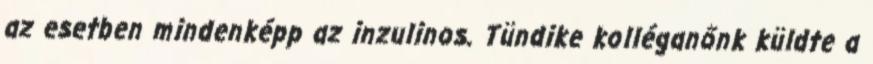
az esetben mindenképp az inzulinos. Tündike kolléganőnk küldte a